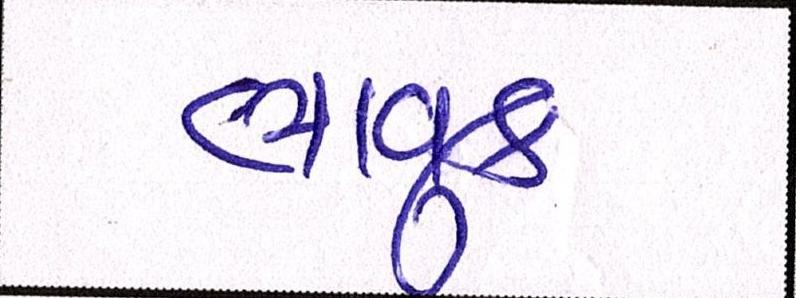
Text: ભાવુક